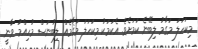
މިކަހަލަ މަގާމު ލިބޭނެ ކަމަށެވެ. އެކަމަކު މިކަހަލަ މަޤާމެއް ލިބުނަސް މުހިއްމު ވާނީ